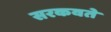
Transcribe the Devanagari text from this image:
सरकवते